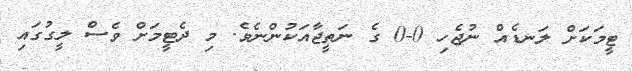
ޓީމަކަށް ލަނޑެއް ނުޖެހި 0-0 ގެ ނަތީޖާއަކުންނެވެ. މި ދެޓީމަށް ވެސް ލީގުގައި